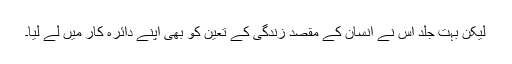
لیکن بہت جلد اس نے انسان کے مقصد زندگی کے تعین کو بھی اپنے دائرہ کار میں لے لیا۔